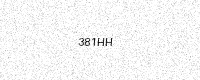
Text: 381HH